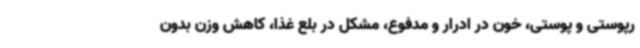
رپوستی و پوستی، خون در ادرار و مدفوع، مشکل در بلع غذا، کاهش وزن بدون